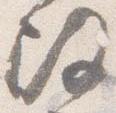
改